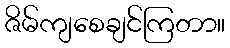
ဇိမ်ကျစေချင်ကြတာ။